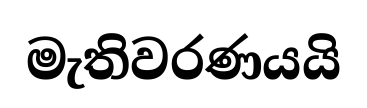
මැතිවරණයයි